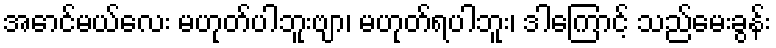
အောင်မယ်လေး မဟုတ်ပါဘူးဗျာ၊ မဟုတ်ရပါဘူး၊ ဒါကြောင့် သည်မေးခွန်း